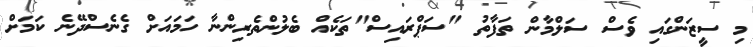
މި ސީޒަންގައި ވެސް ސަލްމާން ތަފާތު "ސަޕްރައިސް"ތަކެއް ބެލުންތެރިންނާ ހަމައަށް ގެނެސްދޭނެ ކަމަށް